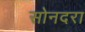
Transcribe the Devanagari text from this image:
सोनदरा